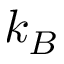
k _ { B }